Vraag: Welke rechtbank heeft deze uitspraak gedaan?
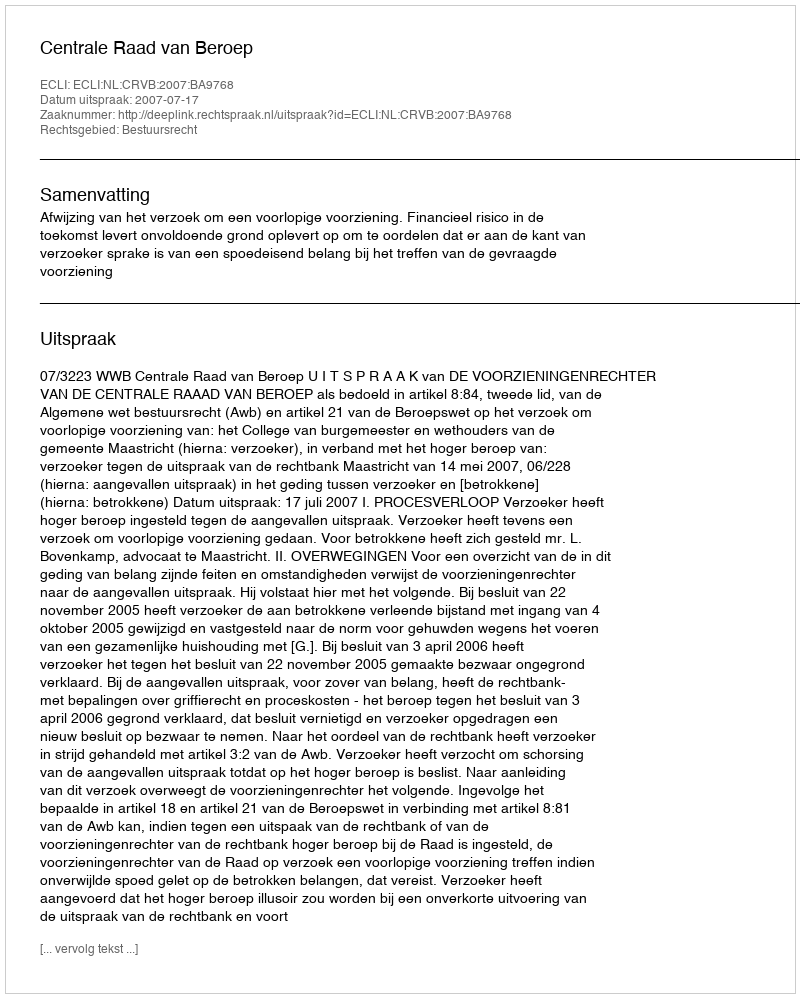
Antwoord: Centrale Raad van Beroep